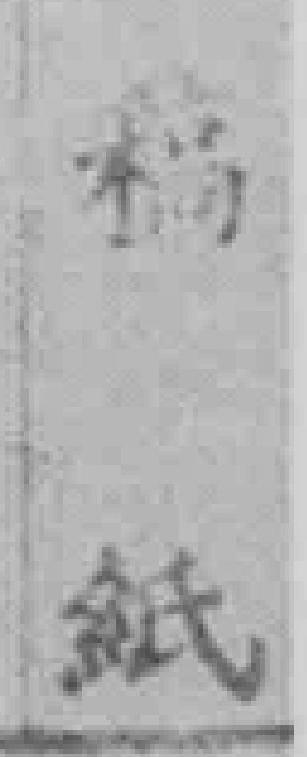
粉紙